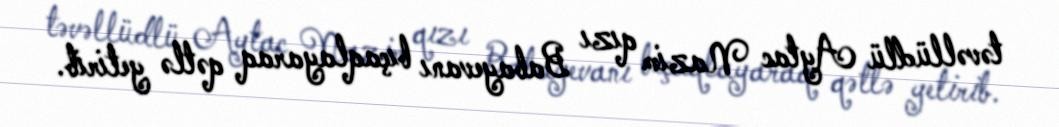
təvəllüdlü Aytac Nazim qızı Babayevanı bıçaqlayaraq qətlə yetirib.